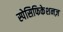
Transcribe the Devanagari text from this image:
स्पेसिफिकेशनज़